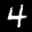
Label: 4